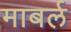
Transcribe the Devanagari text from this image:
माबर्ल